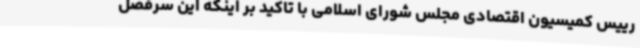
رییس کمیسیون اقتصادی مجلس شورای اسلامی با تاکید بر اینکه این سرفصل